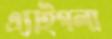
এ্যাইগলা